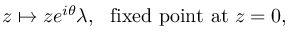
z \mapsto z e ^ { i \theta } \lambda , \, \, \mathrm { ~ f i x e d ~ p o i n t ~ a t ~ } z = 0 ,